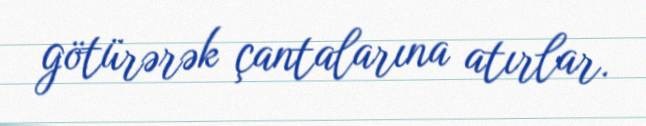
götürərək çantalarına atırlar.